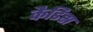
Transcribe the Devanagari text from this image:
कैडिस